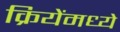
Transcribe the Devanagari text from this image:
क्रियेंमध्ये